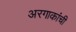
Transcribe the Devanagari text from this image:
अरगाकांची